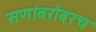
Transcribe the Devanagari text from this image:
सणांबरोबरच